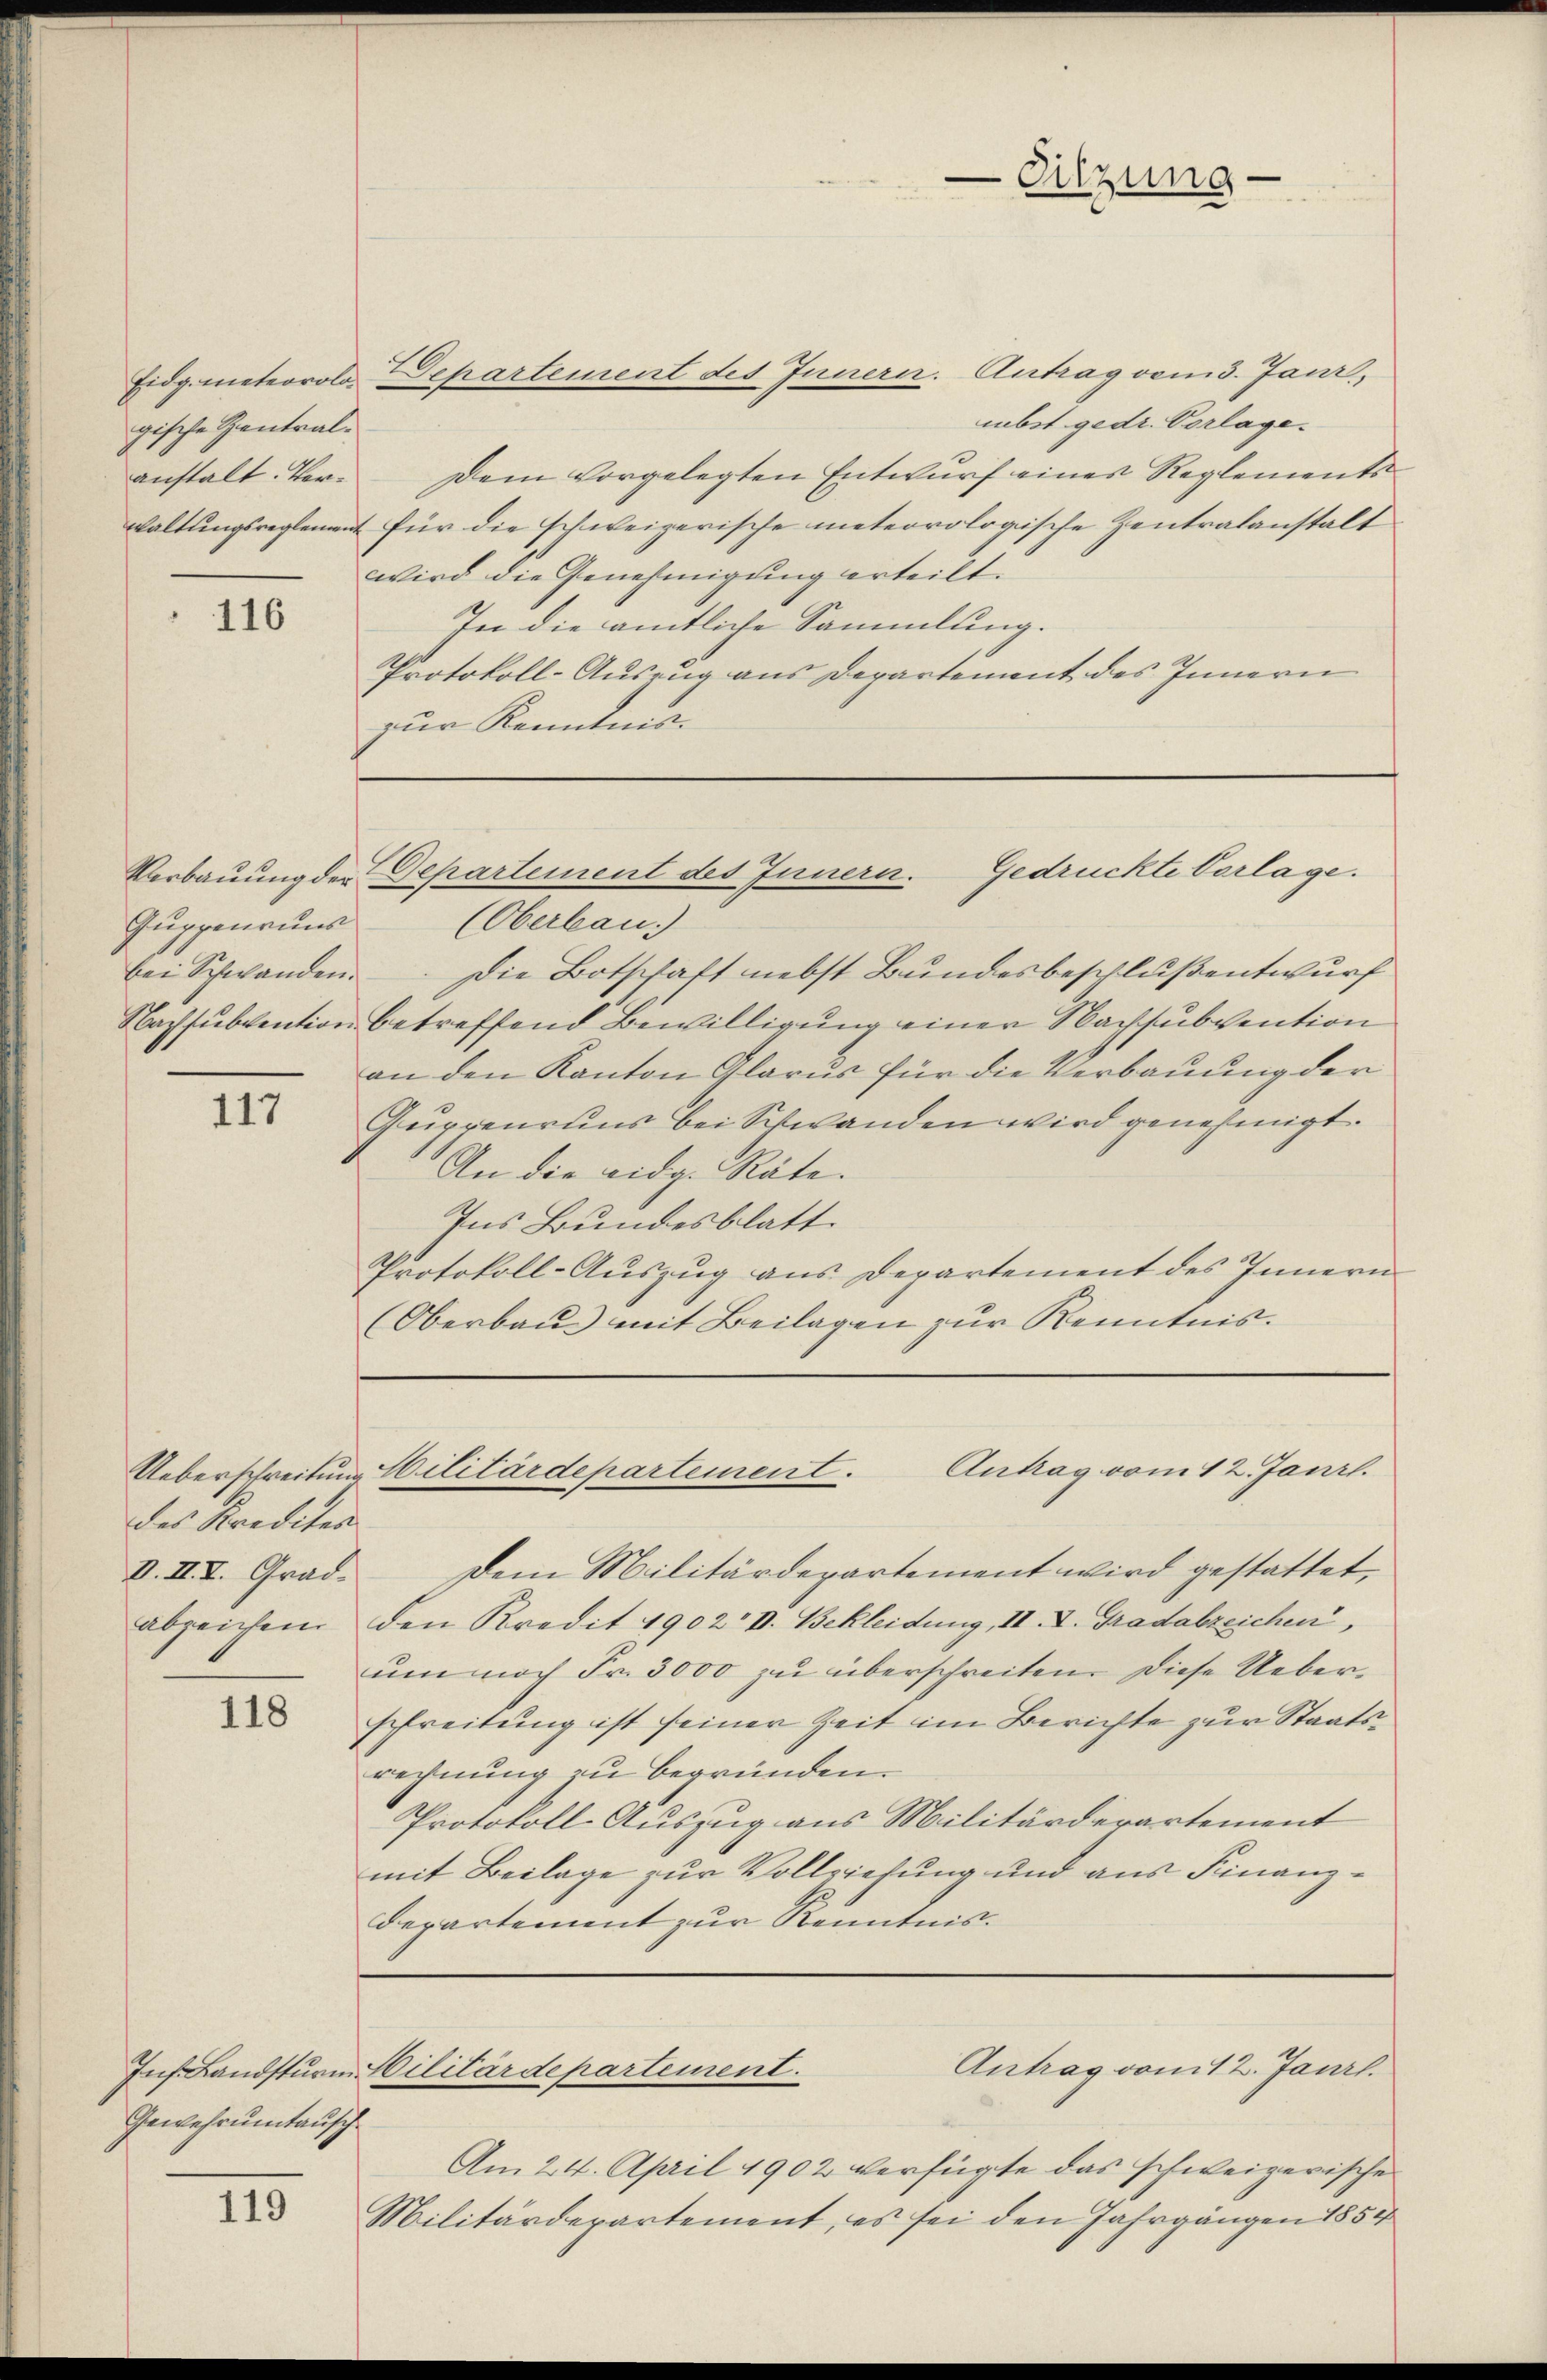
gische Zentralanstalt. Ver¬

116

Guppenruns

117

des Kredites

118

Inf Landsturm.
Gewehruntausch

119

Eidg. meteorolo Departement des Innern. Antrag vom 3. Janz,
ibst gedr. Vorlage.
Dem vorgelegten Entwurf eines Reglementswaltungsreglement für die schweizerische meteorologische Zentralanstalt
wird die Genehmigung erteilt.
In die amtliche Sammlung.
Protokoll-Auszug aus Departement des Innern
zur Kenntman

-Sitzung.

(Oberbau.
bei Schwanden. Die Botschaft nebst Bundesbeschluß entwurf
Nachsubvention betreffend Bewilligung einer Nachsubvention
an den Kanton Glarus für die Verbauung der
Gupreuruns bei Schwanden wird genehmigt.
An die eidg. Räte.
Ins Bundesblatt.
Protokoll-Auszug aus Departement des Innern
(Oberbau mit Beilagen zur Kenntnis.

Gedrückte Verlage.
Verbauung der Departement des Innern.

Antrag vom 12. Janrl.
Ueberschreitung Militärdepartement.

d. III. Grad. Dem Militärdepartement wird gestattet,
abzeichen den Kredit 1902 V. Bekleidung, II. I. Gradabzeichen,
umnoch Fr. 3000 zu überschreiten. Diese Ueberschreitung ist seiner Zeit im Berichte zur Staatsrechnung zu begründen.
Protokoll-Auszug aus Militärderartement
mit Beilage zur Vollziehung und aus Finanz¬
Departement zur Kenntnis.

Antrag vom 12. Janrl.
Militärdepartement.

Am 24. April 1902 verfügte das schweizerische
Militärdepartement, es sei den Jahrgängen 1854